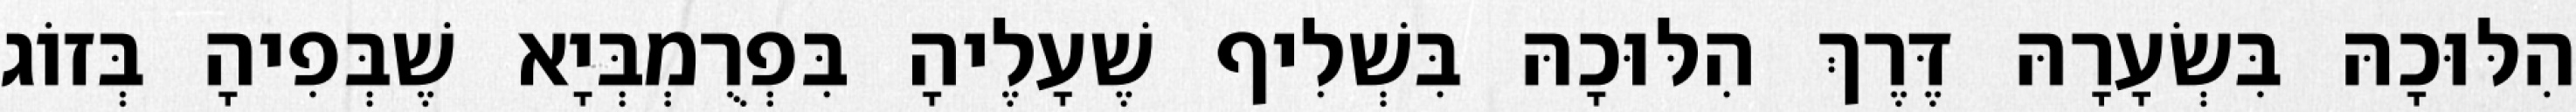
הִלּוּכָהּ בִּשְׂעָרָהּ דֶּרֶךְ הִלּוּכָהּ בִּשְׁלִיף שֶׁעָלֶיהָ בִּפְרֻמְבְּיָא שֶׁבְּפִיהָ בְּזוֹג